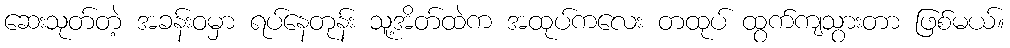
ဆေးသုတ်တဲ့ အခန်းဝမှာ ရပ်နေတုန်း သူ့အိတ်ထဲက အထုပ်ကလေး တထုပ် ထွက်ကျသွားတာ ဖြစ်မယ်။